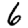
Digit: 6